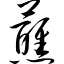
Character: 蘸